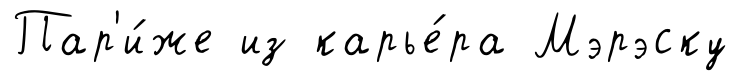
Пар'и́же из карье́ра Мэрэску